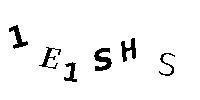
1E1SHS